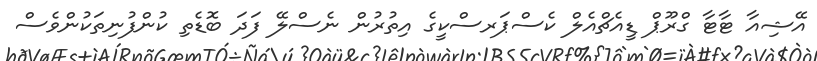
އޭޝިއާ ޓާޓާ ގްރޫޕް ޑީއެޗްއެލް ކެސްޕަރސްކީގެ އިތުރުން ނެސްލޭ ފަދަ ބޮޑެތި ކުންފުނިތަކުންވެސް